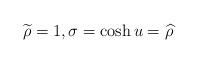
LaTeX: \begin{align*}\widetilde{\rho }=1,\sigma =\cosh u=\widehat{\rho }\end{align*}